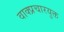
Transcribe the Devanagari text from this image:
वाक्प्रचारयुक्त